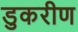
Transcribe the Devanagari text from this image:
डुकरीण